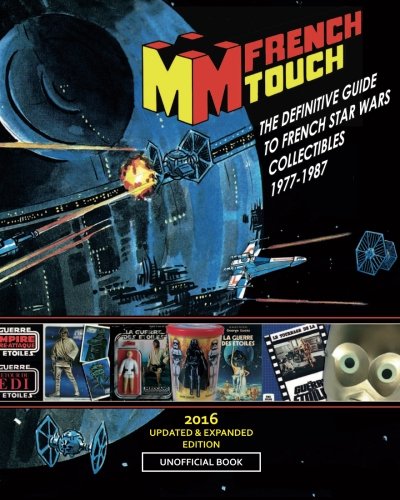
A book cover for La FRENCH TOUCH - The Definitive Guide to French Star Wars Collectibles 1977-1987: Unofficial book; Stephane Faucourt; Humor & Entertainment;